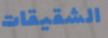
الشقيقات